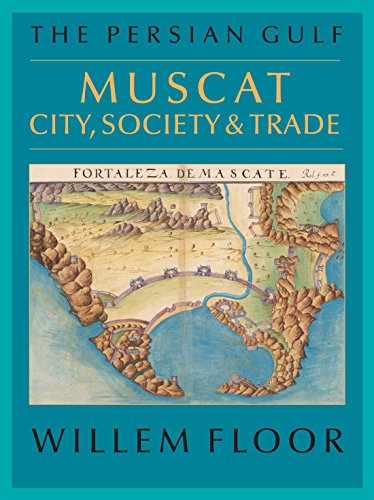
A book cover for The Persian Gulf: Muscat: City, Society and Trade; Willem Floor; History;